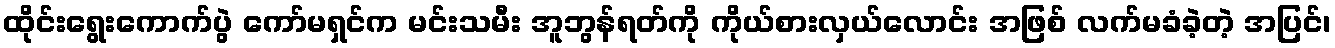
ထိုင်းရွေးကောက်ပွဲ ကော်မရှင်က မင်းသမီး အူဘွန်ရတ်ကို ကိုယ်စားလှယ်လောင်း အဖြစ် လက်မခံခဲ့တဲ့ အပြင်၊